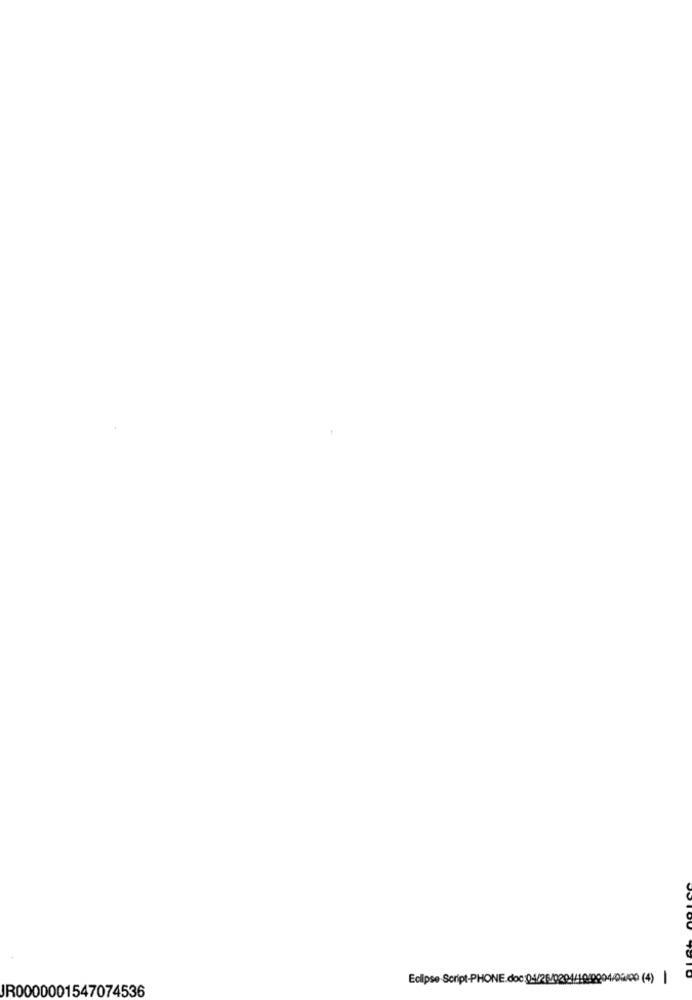
Eclipse Script-PHONE.doc:04/26/0204/10:0004/0300 (4) |
JR0000001547074536